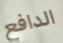
الدافع